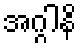
အဂ္ဂါနိ